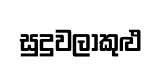
සුදුවලාකුළු